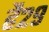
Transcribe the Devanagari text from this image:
है२९